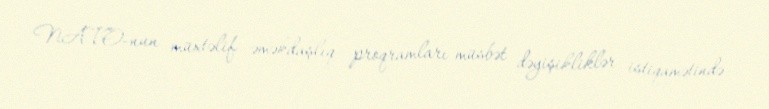
NATO-nun müxtəlif əməkdaşlıq proqramları müsbət dəyişikliklər istiqamətində